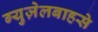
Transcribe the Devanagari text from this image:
ग्युज़ेलबाहसे